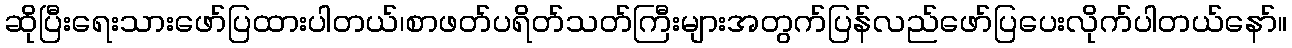
ဆိုပြီးရေးသားဖော်ပြထားပါတယ်၊စာဖတ်ပရိတ်သတ်ကြီးများအတွက်ပြန်လည်ဖော်ပြပေးလိုက်ပါတယ်နော်။